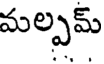
మల్పమ్